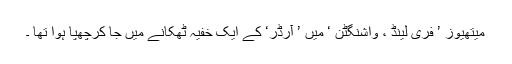
میتھیوز ’ فری لینڈ ، واشنگٹن ‘ میں ’ آرڈر‘ کے ایک خفیہ ٹھکانے میں جا کرچھپا ہوا تھا ۔